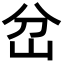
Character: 岔